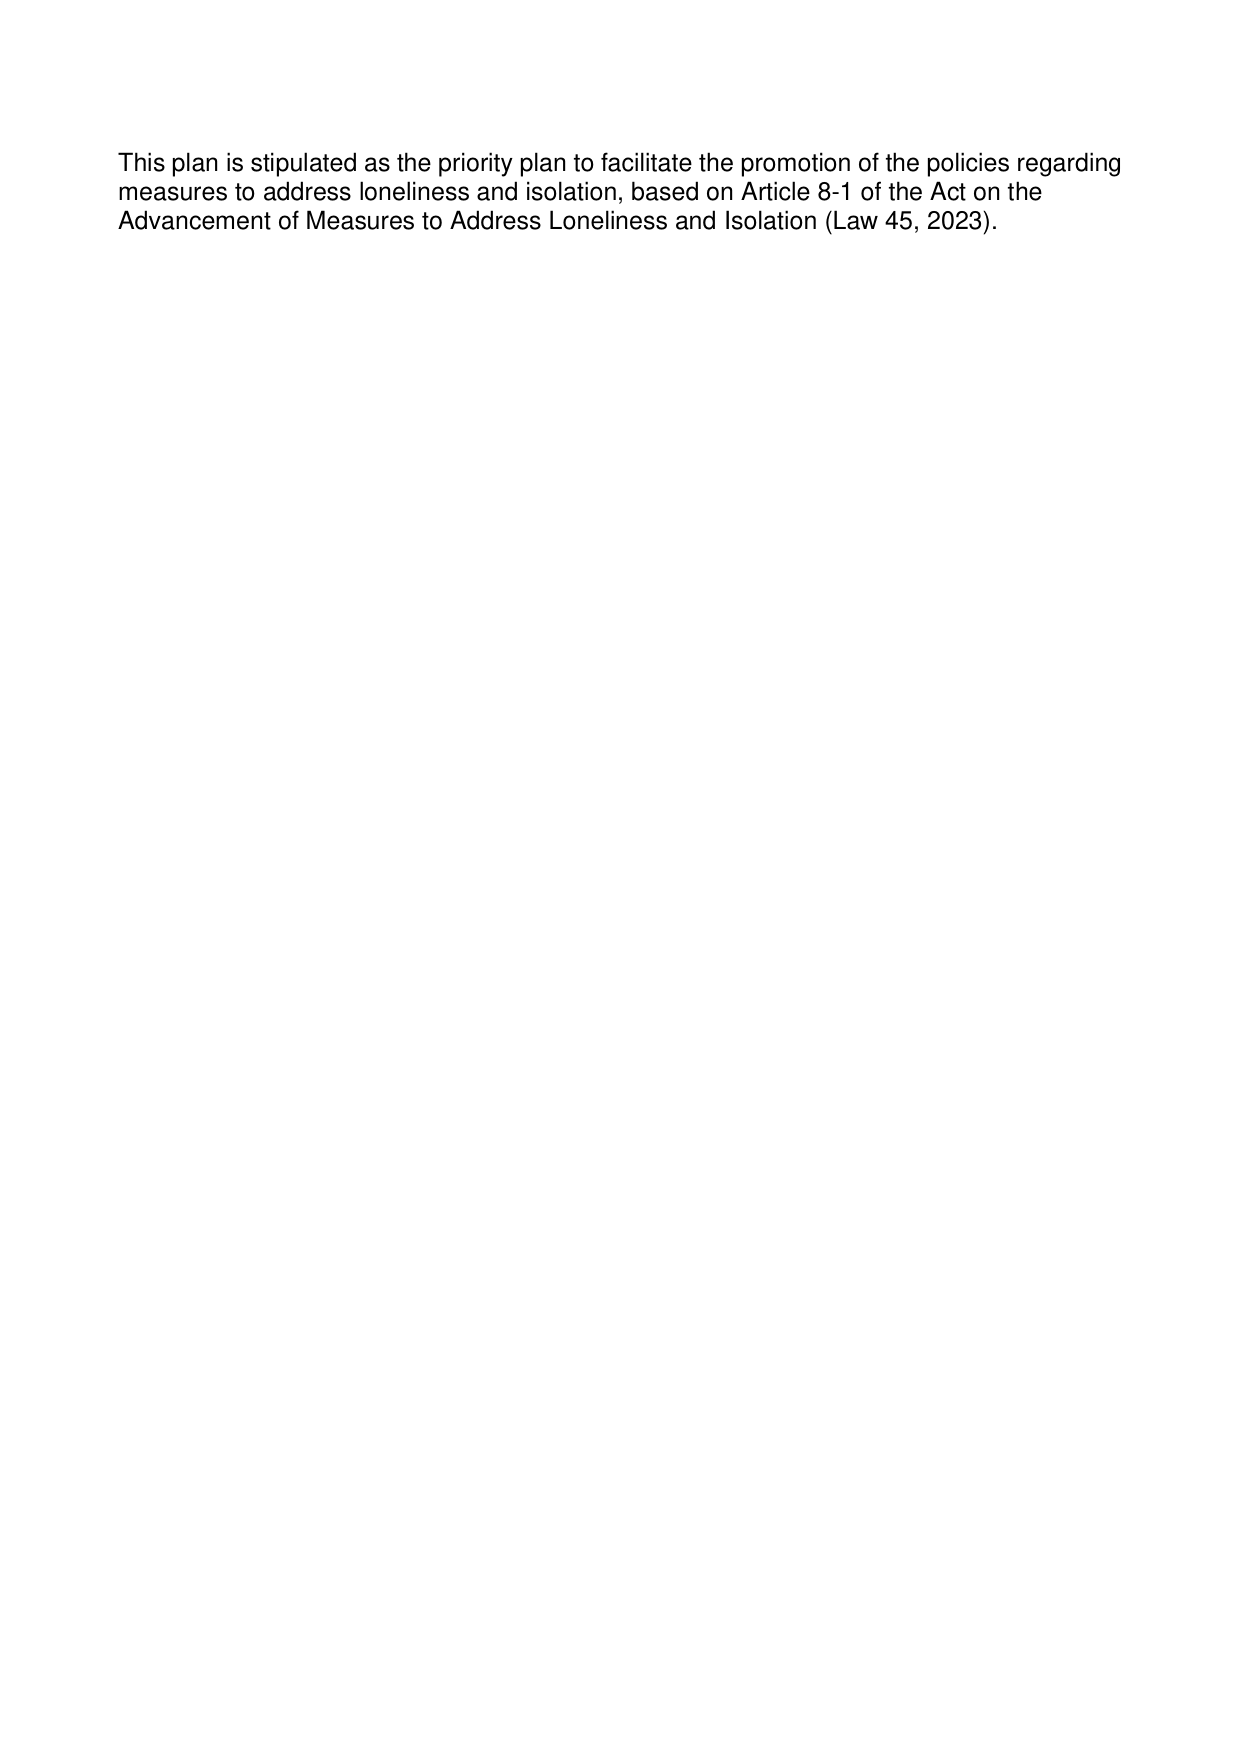
This plan is stipulated as the priority plan to facilitate the promotion of the policies regarding measures to address loneliness and isolation, based on Article 8-1 of the Act on the Advancement of Measures to Address Loneliness and Isolation (Law 45, 2023).